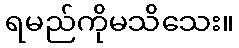
ရမည်ကိုမသိသေး။